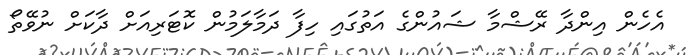
އެހެން އިންދާ ރޭޝްމާ ޝައުންގެ އަތުގައި ހިފާ ދަމާލަމުން ކޮޓަރިއަށް ދާކަށް ނުވޭތޯ